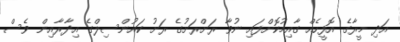
އަދި މީރާގެ އޮފީހެއް ގާއިމުކޮށްފައި ނުވާ ރަށްރަށުގެ ރަށު ކައުންސިލްގެ އިދާރާއިން ވެސް